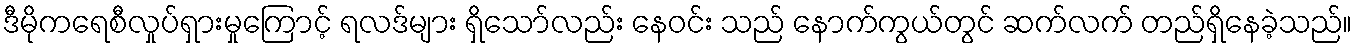
ဒီမိုကရေစီလှုပ်ရှားမှုကြောင့် ရလဒ်များ ရှိသော်လည်း နေဝင်း သည် နောက်ကွယ်တွင် ဆက်လက် တည်ရှိနေခဲ့သည်။